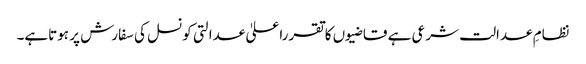
نظامِ عدالت شرعی ہے قاضیوں کاتقرراعلیٰ عدالتی کونسل کی سفارش پر ہوتاہے۔